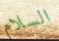
السلام